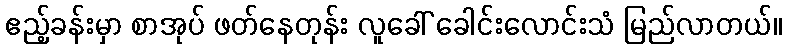
ဧည့်ခန်းမှာ စာအုပ် ဖတ်နေတုန်း လူခေါ် ခေါင်းလောင်းသံ မြည်လာတယ်။